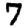
Digit: 7